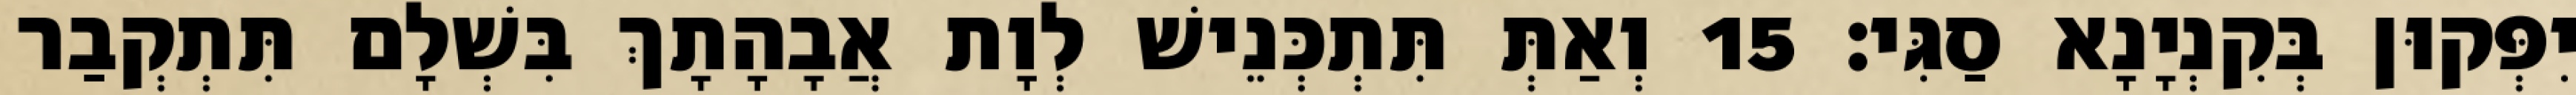
יִפְּקוּן בְּקִנְיָנָא סַגִּי׃ 15 וְאַתְּ תִּתְכְּנֵישׁ לְוָת אֲבָהָתָךְ בִּשְׁלָם תִּתְקְבַר